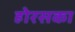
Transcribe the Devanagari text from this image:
होरसका